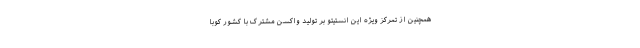
همچنین از تمرکز ویژه این انستیتو بر تولید واکسن مشترک با کشور کوبا